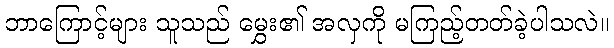
ဘာကြောင့်များ သူသည် မွှေး၏ အလှကို မကြည့်တတ်ခဲ့ပါသလဲ။